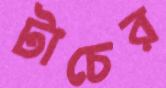
টাচের